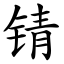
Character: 锖